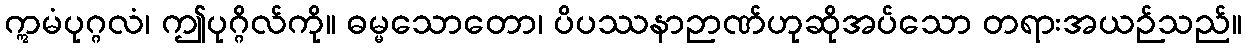
ဣမံပုဂ္ဂလံ၊ ဤပုဂ္ဂိလ်ကို။ ဓမ္မသောတော၊ ပိပဿနာဉာဏ်ဟုဆိုအပ်သော တရားအယဉ်သည်။